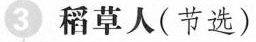
3 稻草人